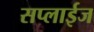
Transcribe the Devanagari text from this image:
सप्लाईज